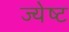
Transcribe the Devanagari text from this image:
ज्‍येष्‍ट